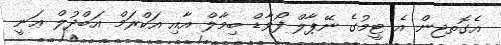
އެގޮތޖން އެ ޓީމުގެ ނޭޕާލް ފޯވާޑް ބިމާލް އާއި އަކްރަމް އަބްދުލް ޢަނީ